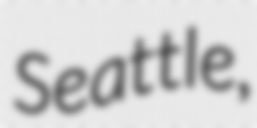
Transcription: Seattle,